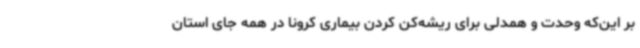
بر این‌که وحدت و همدلی برای ریشه‌کن کردن بیماری کرونا در همه جای استان